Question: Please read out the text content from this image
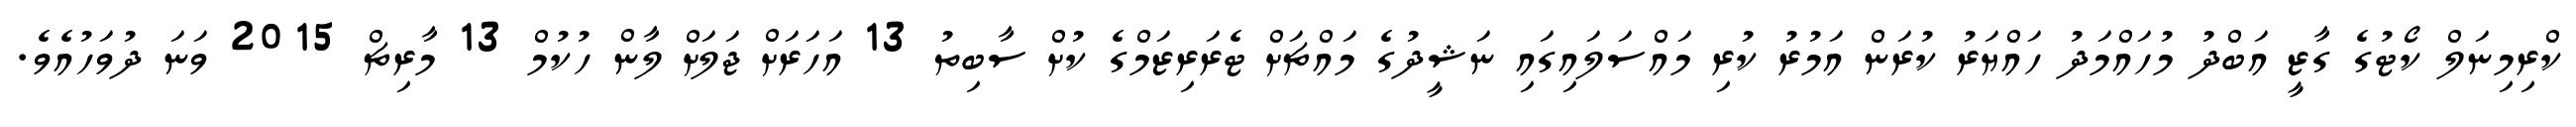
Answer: ކްރިމިނަލް ކޯޓުގެ ގާޒީ އަބްދު މުހައްމަދު ހައްޔަރު ކުރަން އަމުރު ކުރި މައްސަލައިގައި ނަޝީދުގެ މައްޗަށް ޓެރަރިޒަމްގެ ކުށް ސާބިތު 13 އަހަރަށް ޖަލަށް ލާން ހުކުމް 13 މާރިޗް 2015 ވަނަ ދުވަހުއެވެ.